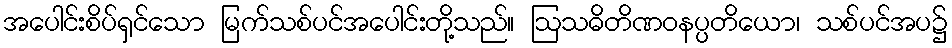
အပေါင်းစိပ်ရှင်သော မြက်သစ်ပင်အပေါင်းတို့သည်။ ဩသဓိတိဏဝနပ္ပတိယော၊ သစ်ပင်အပ၌